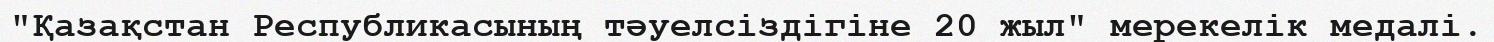
"Қазақстан Республикасының тәуелсіздігіне 20 жыл" мерекелік медалі.